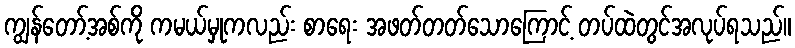
ကျွန်တော့်အစ်ကို ကမယ်မှုကလည်း စာရေး အဖတ်တတ်သောကြောင့် တပ်ထဲတွင်အလုပ်ရသည်။